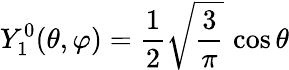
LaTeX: Y_{1}^{0}(\theta,\varphi)={\frac{1}{2}}{\sqrt{\frac{3}{\pi}}}\, \cos\theta